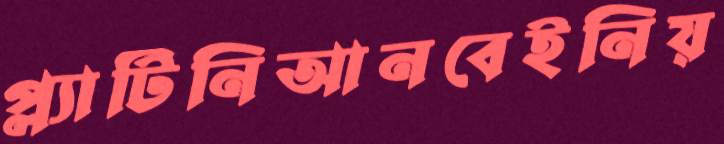
প্ল্যাটিনিআনবেইনিয়